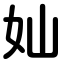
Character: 奾